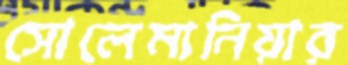
সোলেমানিয়ার